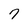
Character: 7